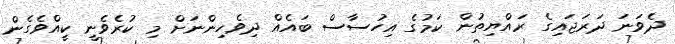
ދެވަނަ ދަރަޖައިގެ ރައްޔިތުން ކަމުގެ އިހުސާސް ބައެއް ދިވެހިންނަށް މި ކުރެވެނީ ކީއްވެގެން